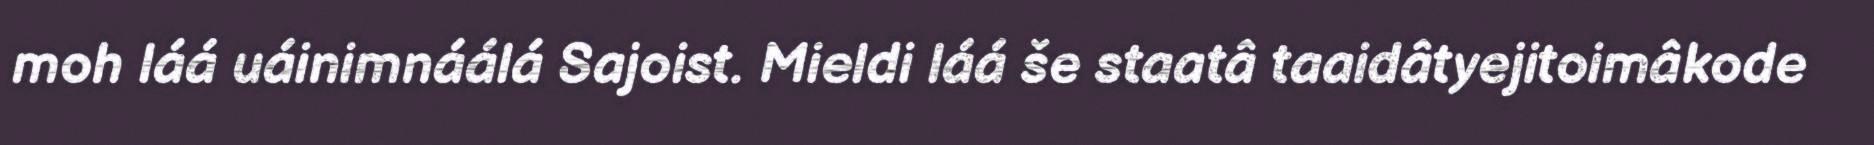
moh láá uáinimnáálá Sajoist. Mieldi láá še staatâ taaidâtyejitoimâkode